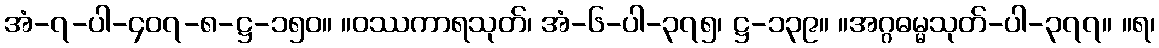
အံ-၇-ပါ-၄၀၇-၈-ဋ္ဌ-၁၅၀။ ။ဝဿကာရသုတ်၊ အံ-၆-ပါ-၃၇၅၊ ဋ္ဌ-၁၃၉။ ။အဂ္ဂဓမ္မသုတ်-ပါ-၃၇၇။ ။ရ၊